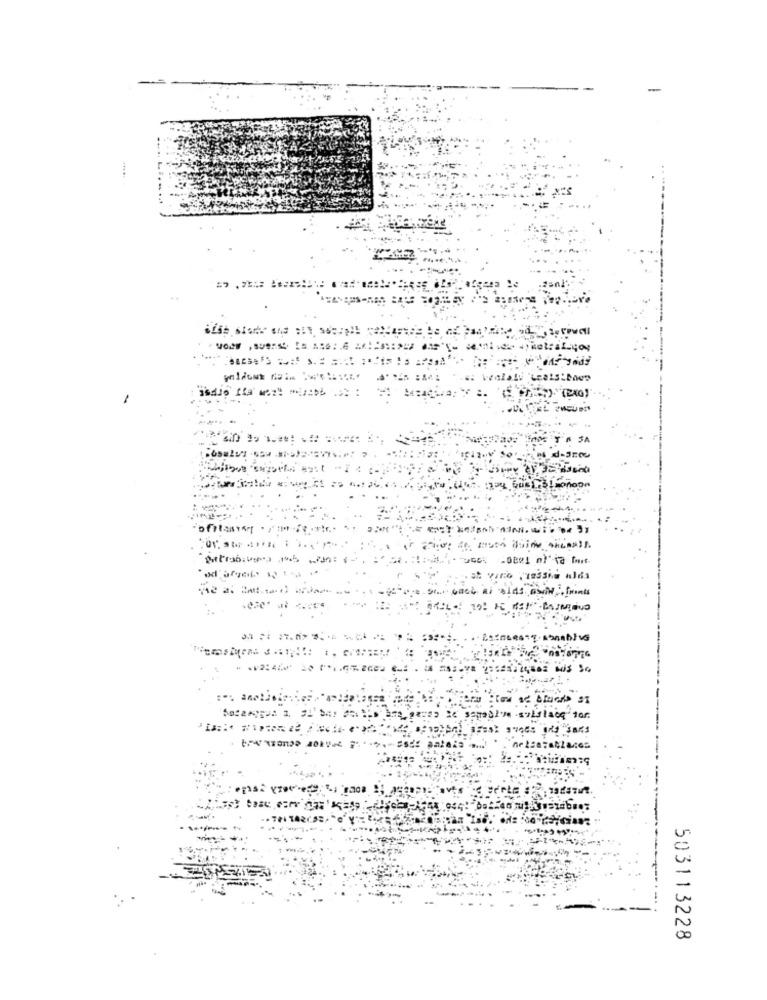
d-JEOu
٫٠٫٠٠٠
sans
503113228